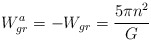
\begin{align*}W^a_{gr}=-W_{gr}={5\pi n^2\over G}\end{align*}